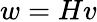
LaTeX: w=Hv